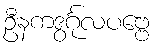
ဦနကဒွင်္ဂုလပဗ္ဗေ